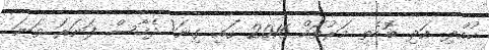
ކުއްލި އަދި ބޮޑެތި މަރުތައް 2016 ގައި ގިނަ! ދެހާސް ފަނަރަ ވަނަ